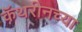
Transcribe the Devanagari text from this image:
कॅथरीनच्या